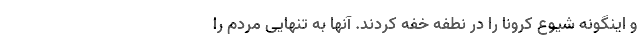
و اینگونه شیوع کرونا را در نطفه خفه کردند. آنها به تنهایی مردم را